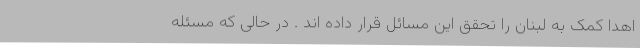
اهدا کمک به لبنان را تحقق این مسائل قرار داده اند . در حالی که مسئله